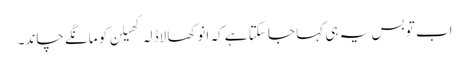
اب تو بس یہ ہی کہا جا سکتا ہے کہ انوکھا لاڈلہ کھیلن کو مانگے چاند۔